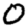
Digit: 0